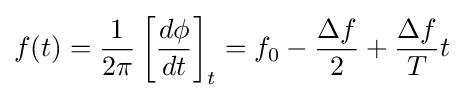
f(t)={\frac {1}{2\pi }}\left[{\frac {d\phi }{dt}}\right]_{t}=f_{0}-{\frac {\Delta f}{2}}+{\frac {\Delta f}{T}}t